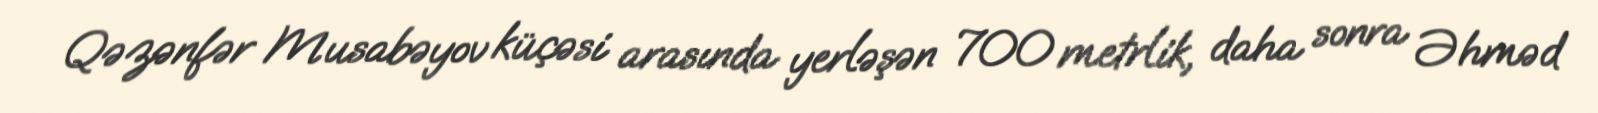
Qəzənfər Musabəyov küçəsi arasında yerləşən 700 metrlik, daha sonra Əhməd